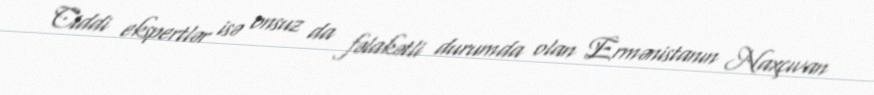
Ciddi ekspertlər isə onsuz da fəlakətli durumda olan Ermənistanın Naxçıvan